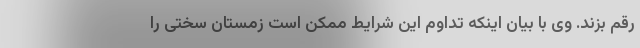
رقم بزند. وی با بیان اینکه تداوم این شرایط ممکن است زمستان سختی را